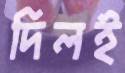
দিলই